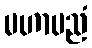
မဟာပညံ